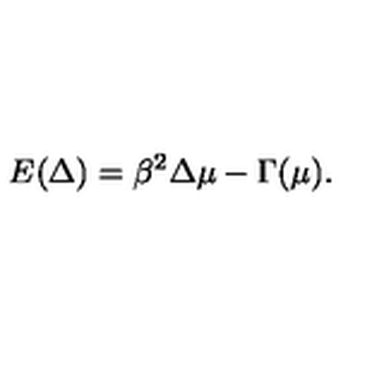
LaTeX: E ( \Delta ) = \beta ^ { 2 } \Delta \mu - \Gamma ( \mu ) .